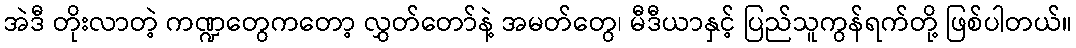
အဲဒီ တိုးလာတဲ့ ကဏ္ဍတွေကတော့ လွှတ်တော်နဲ့ အမတ်တွေ၊ မီဒီယာနှင့် ပြည်သူကွန်ရက်တို့ ဖြစ်ပါတယ်။